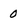
Character: 0